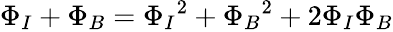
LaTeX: \begin{array}{r}{{\Phi_{I}}+{\Phi_{B}}={\Phi_{I}}^{2}+{\Phi_{B}}^{2}+2\Phi_{I}\Phi_{B}}\end{array}